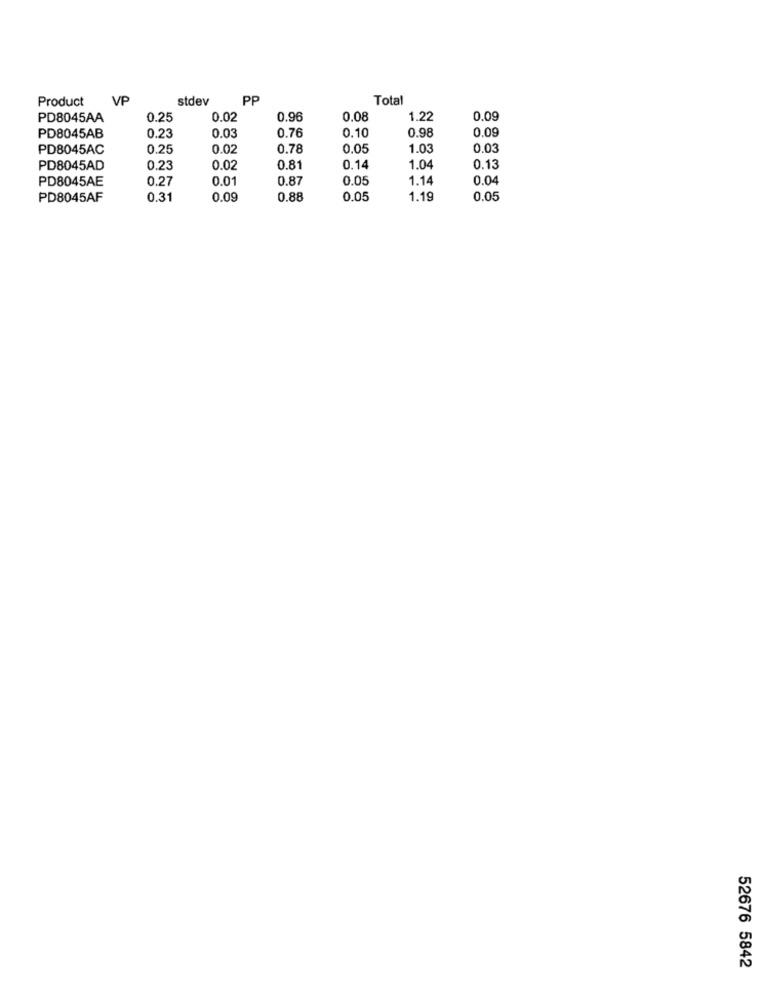
Product
VP
stdev
PP
Total
PD8045AA
0.25
0.02
0.96
0.08
1.22
0.09
0.03
0.76
0.10
0.98
0.09
PD8045AB
0.23
PD8045AC
0.25
0.02
0.78
0.05
1.03
0.03
PD8045AD
0.23
0.02
0.81
0.14
1.04
0.13
PD8045AE
0.27
0.01
0.87
0.05
1.14
0.04
PD8045AF
0.31
0.09
0.88
0.05
1.19
0.05
52676 5842